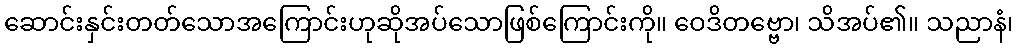
ဆောင်းနှင်းတတ်သောအကြောင်းဟုဆိုအပ်သောဖြစ်ကြောင်းကို။ ဝေဒိတဗ္ဗော၊ သိအပ်၏။ သညာနံ၊